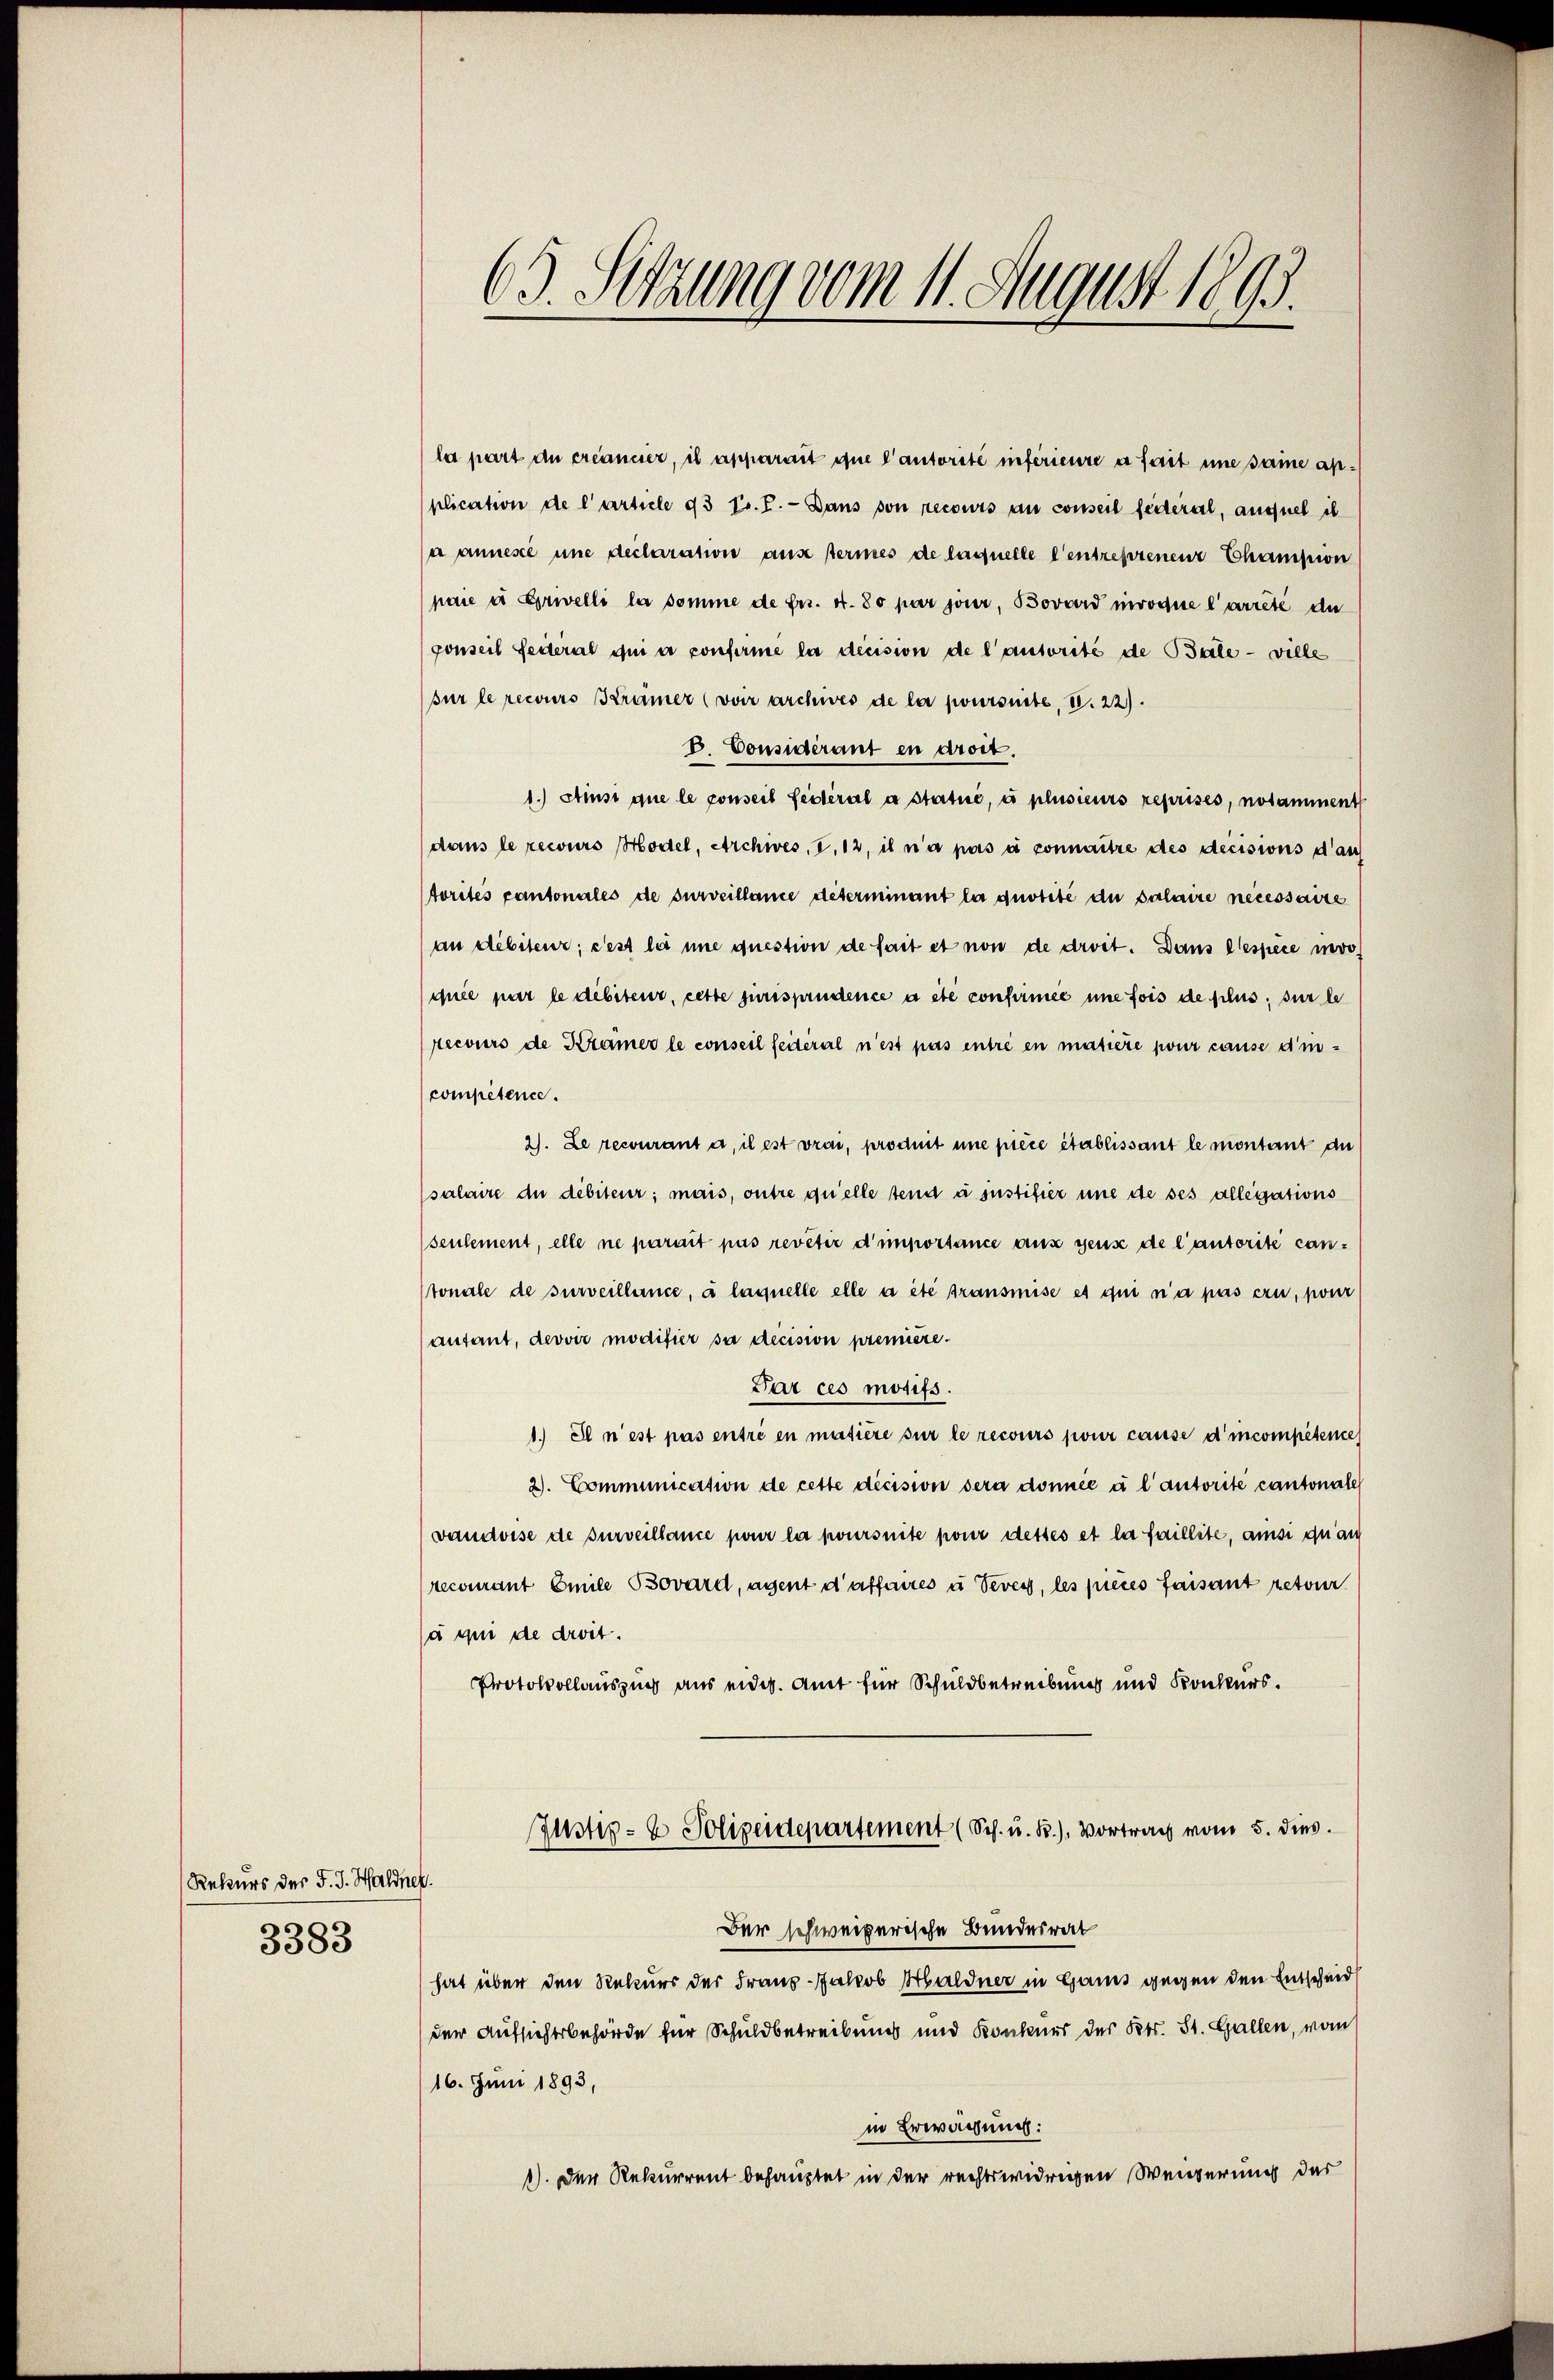
Rekurs der F. J. Haldner.
3383

63. Sitzung vom 11. August 1895.

la part du créancier, il apparait que l’autorité inférieure a fait une seine application de l’article 93 fr. I. Dans von recours au conseil federal, auquel ih
a annesse une declaration aus termes de laquelle l’entreprenen Champion
paie in Erwelli la somme de fr. 4.80 par jour, Bovard invoque l’arrêté de
ponseil Federal qui en confirme la decision de l’autorité de Bale - ville
sur le recours Krämer (von archives de la joursuite, VV. 22).
D. Considérant en droit.
1.) Einsi que le conseil fédéral a statue, à plusieurs reprises, notamment
dans le recours Hodel, Archwes. v. 12, il n’a pas à connaitre des decisions d’au
torités cantonales de surveillance déterminant la quotité de salaire necessaire
an debiteur; cest la une question de fait et non de droit. Dans lespece invo
quée par le débiteur, cette jurisprudence a été confirmee une fois de plus, sur le
recours de Kramer le conseil seiteral n’est pas entre en matière pour cause d’in-
compétence.
2). Le recourant a, il est vrai, produit une piece établissant le montant die
salaire du débiteur; mais, outre quelle tend à justifier une de ses allegations
seulement, elle ne parait pas revêtir d’importance aus gens de l’autorité cantonale de surveillance, à laquelle elle a été transmise et qui n’a pas ern, pour
autant, devoir modifier sa decision première.
Dar ces motifs.
1. Il n’est pas entré en matière sur le recours pour cause d’incompetene
2. Communication de cette decision dera donnée à l’autorite cantonale
vaudoise de surveillance pour la poursuite pour desses et la faillite, ansi quan
recourant Emile Bovard, agent d’affaires u Seves, les pieces faisant retour
à ii de droit.
Protokollauszug aus eidg. Amt für Schuldbetreibung und Konkurs.
Justiz- & Polizeidepartement (Sch. u. B.), Vortrag vom 5. dies
Der schweizerische Bundesrat
hat über den Rekurs der Franz-Jakob Haldner in Gams gegen den Entscheid
der Aufsichtsbehörde für Schuldbetreibung und Konkner des Kts. St. Gallen, vom
16. Juni 1893,
in Erwägung:
1). Der Rekurrent behauptet in der rechtswidrigen Weigerung der